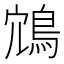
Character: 鴧